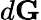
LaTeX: d\textbf{G}